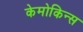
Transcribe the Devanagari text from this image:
केमोकिन्स